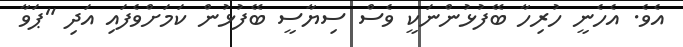
އެވެ. އެހެނީ ހުރިހާ ބޭފުޅުންނަކީ ވެސް ސިޔާސީ ބޭފުޅުން ކަމަށްވެފައި އަދި "ޕަވާ